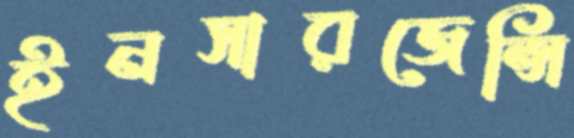
ইনসারজেন্সি